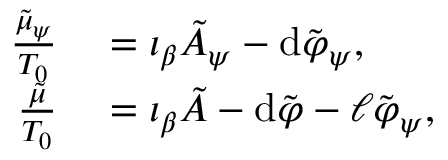
\begin{array} { r l } { \frac { \tilde { \mu } _ { \psi } } { T _ { 0 } } } & { { } = \iota _ { \beta } \tilde { A } _ { \psi } - \mathrm { d } \tilde { \varphi } _ { \psi } , } \\ { \frac { \tilde { \mu } } { T _ { 0 } } } & { { } = \iota _ { \beta } \tilde { A } - \mathrm { d } \tilde { \varphi } - \ell \tilde { \varphi } _ { \psi } , } \end{array}